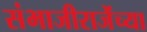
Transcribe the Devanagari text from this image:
संभाजीराजेंच्या